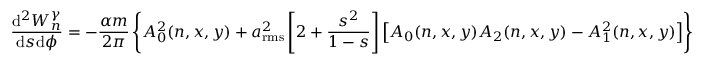
\frac { \mathrm { d } ^ { 2 } W _ { n } ^ { \gamma } } { \mathrm { d } s \mathrm { d } \phi } = - \frac { \alpha m } { 2 \pi } \left\{ A _ { 0 } ^ { 2 } ( n , x , y ) + a _ { \mathrm { r m s } } ^ { 2 } \left[ 2 + \frac { s ^ { 2 } } { 1 - s } \right] \left[ A _ { 0 } ( n , x , y ) A _ { 2 } ( n , x , y ) - A _ { 1 } ^ { 2 } ( n , x , y ) \right] \right\}